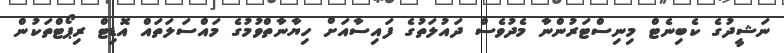
ނަޝީދުގެ ކެބިނެޓް މިނިސްޓަރުންނާ މެދުވެސް ދައުލަތުގެ ފައިސާއަށް ހިޔާނާތްވުމުގެ މައްސަލަތައް އޮޑިޓް ރިޕޯޓްތަކުން